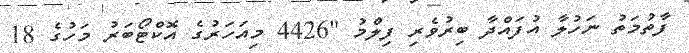
ފާތުމަތު ނަހުލާ އުފައްދާ ބިރުވެރި ފިލްމު "4426 މިއަހަރުގެ އޮކްޓޯބަރު މަހުގެ 18